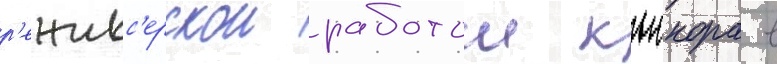
р'ежисс'ерскои работои кьюкора в